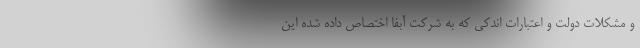
و مشکلات دولت و اعتبارات اندکی که به شرکت آبفا اختصاص داده شده این